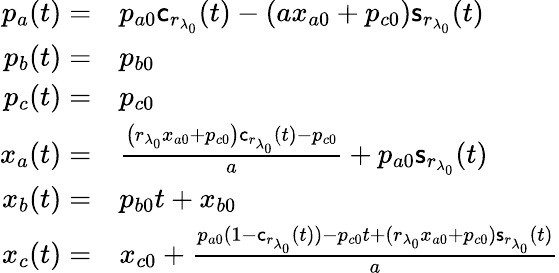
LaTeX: \begin{array}{rl}{p_{a}(t)=}&{p_{a0}\mathsf{c}_{r_{\lambda_{0}}}(t)-\left(ax_{a0}+p_{c0}\right)\mathsf{s}_{r_{\lambda_{0}}}(t)}\\ {p_{b}(t)=}&{p_{b0}}\\ {p_{c}(t)=}&{p_{c0}}\\ {x_{a}(t)=}&{\frac{\left({r_{\lambda_{0}}}x_{a0}+p_{c0}\right)\mathsf{c}_{r_{\lambda_{0}}}(t)-p_{c0}}{a}+p_{a0}\mathsf{s}_{r_{\lambda_{0}}}(t)}\\ {x_{b}(t)=}&{p_{b0}t+x_{b0}}\\ {x_{c}(t)=}&{x_{c0}+\frac{p_{a0}(1-\mathsf{c}_{r_{\lambda_{0}}}(t))-p_{c0}t+({r_{\lambda_{0}}}x_{a0}+p_{c0})\mathsf{s}_{r_{\lambda_{0}}}(t)}{a}}\end{array}